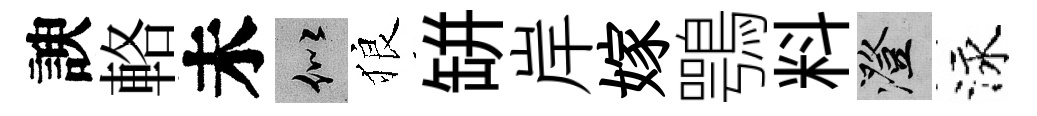
諛輅未似狼缾岸嫁鶚料澄泳